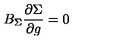
B _ { \Sigma } \frac { \partial \Sigma } { \partial g } = 0